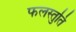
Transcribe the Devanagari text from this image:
फलस्तुति